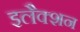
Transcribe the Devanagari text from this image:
इलैक्शन